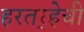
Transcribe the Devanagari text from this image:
हरतर्‍हेची